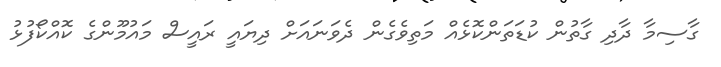
ގާސިމާ ދާދި ގާތުން ކުޑަތަންކޮޅެއް މަތިވެގެން ދެވަނައަށް ދިޔައީ ރައީސް މައުމޫންގެ ކޮއްކޯފުޅު